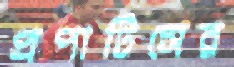
প্রপার্টিসের